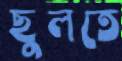
ছুলতে